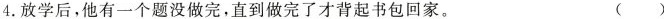
4.放学后，他有一个题没做完，直到做完了才背起书包回家。 ()